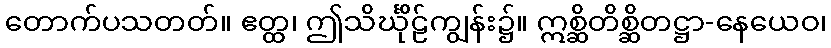
တောက်ပသတတ်။ ဧတ္ထ၊ ဤသိင်္ဃိုဠ်ကျွန်း၌။ ဣစ္ဆိတိစ္ဆိတဋ္ဌာ-နေယေဝ၊